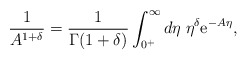
\begin{align*}\frac{1}{A^{1 + \delta}} = \frac{1}{\Gamma (1 + \delta)} \int_{0^+}^{\infty}d\eta \; \eta^{\delta} {\rm e}^{- A \eta},\end{align*}